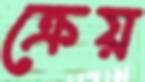
ক্রেয়